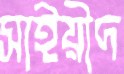
সাইয়ীদ